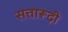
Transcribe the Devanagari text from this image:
सत्तारूढ़ी